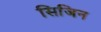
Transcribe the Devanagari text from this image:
सिजिन